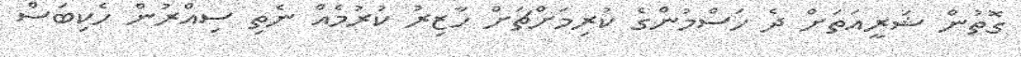
ގޮތުން ޝަރީއަތަށް ދެ ހަސްމުންގެ ކުރިމަށްޗަށް ހާޒިރު ކުރުމެއް ނެތި ސިއްރުން ހެކިބަސް